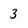
Character: 3